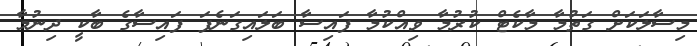
މިސާލަކަށް ގަތުމާ މާކެޓް ކުރުމާ ވިއްކުމާ ފައިސާ ބަލައިގަނެފަ ފައިސާގެ ބާކީ ދިނުމާ